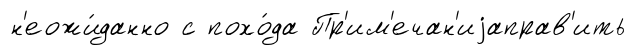
н'еожи́данно с похо́да Пр'им'ечан'иjаправ'ить